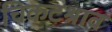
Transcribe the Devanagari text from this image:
चिकटश्राव